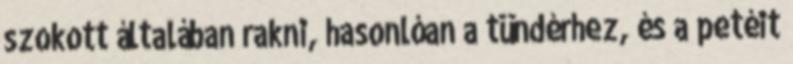
szokott általában rakni, hasonlóan a tündérhez, és a petéit